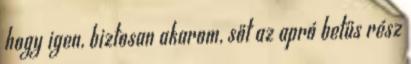
hogy igen, biztosan akarom, sőt az apró betűs rész